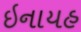
ઇનાયહ